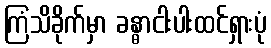
ကြံသိခိုက်မှာ ခန္ဓာငါးပါးထင်ရှားပုံ